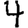
Digit: 4